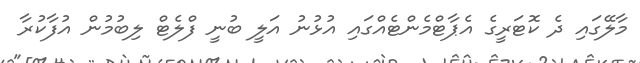
މާލޭގައި ދެ ކޮޓަރީގެ އެޕާޓްމެންޓެއްގައި އުޅުނު އަލީ ބުނީ ފްލެޓް ލިބުމުން އުފާކުރާ